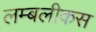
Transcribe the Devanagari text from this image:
लम्बलीकस